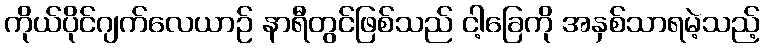
ကိုယ်ပိုင်ဂျက်လေယာဉ် နာရီတွင်ဖြစ်သည် ငါ့ခြေကို အနှစ်သာရမဲ့သည့်